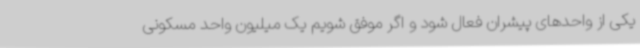
یکی از واحدهای پیشران فعال شود و اگر موفق شویم یک میلیون واحد مسکونی